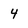
Character: 4